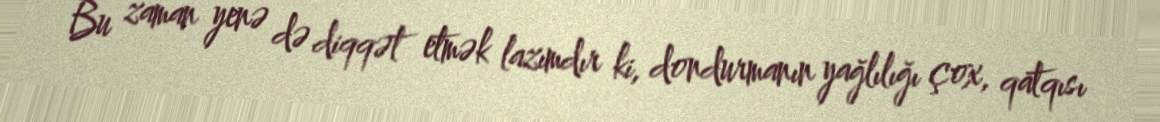
Bu zaman yenə də diqqət etmək lazımdır ki, dondurmanın yağlılığı çox, qatqısı